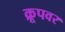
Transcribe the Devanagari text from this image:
क्रूपवर